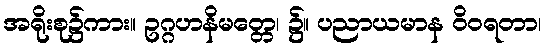
အရိုးစု၌ကား။ ဥဂ္ဂဟနိမတ္တေ၊ ၌။ ပညာယမာန ဝိဝရတာ၊